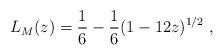
LaTeX: \begin{align*} L_M(z) = \frac 16 - \frac 16 (1- 12z )^{1/2} ~,\end{align*}